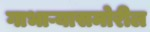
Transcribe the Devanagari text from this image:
गाभाऱ्यासमोरील